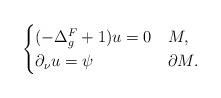
LaTeX: \begin{align*}\begin{cases}(-\Delta_g^F + 1)u=0 & M,\\\partial_\nu u = \psi & \partial M.\end{cases} \end{align*}